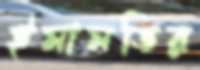
ইমামতির